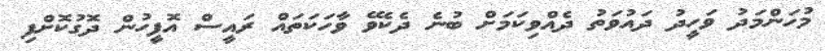
މުހަންމަދު ވަހީދު ދައުވަތު ދެއްވިކަމަށް ބުނެ ދެކެވޭ ވާހަކަތައް ރައީސް އޮފީހުން ދޮގުކޮށްފި